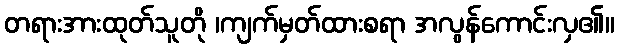
တရားအားထုတ်သူတို ၊ကျက်မှတ်ထားစရာ အလွန်ကောင်းလှ၏။